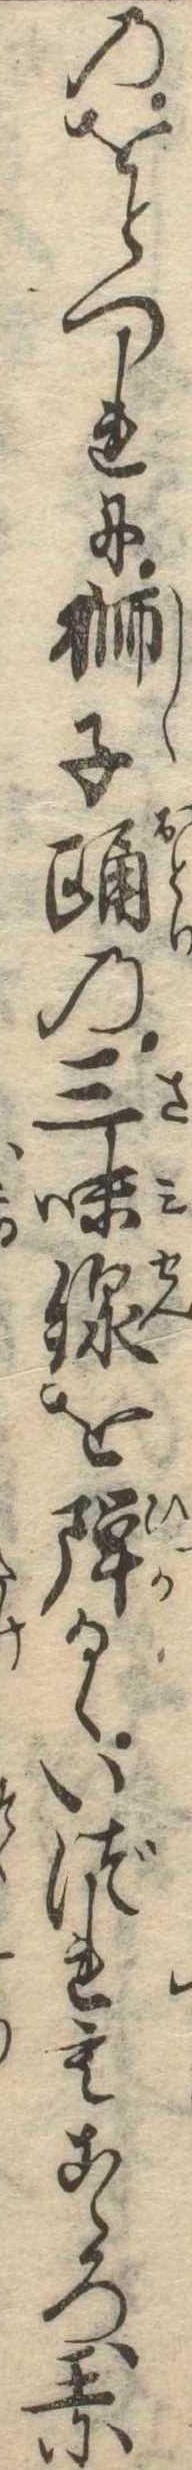
のをとつれに獅子踊の三味線を弾るゝいづれもこゝろ玉に